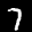
Label: 7